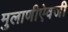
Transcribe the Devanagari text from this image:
मुलाणीऐवजी